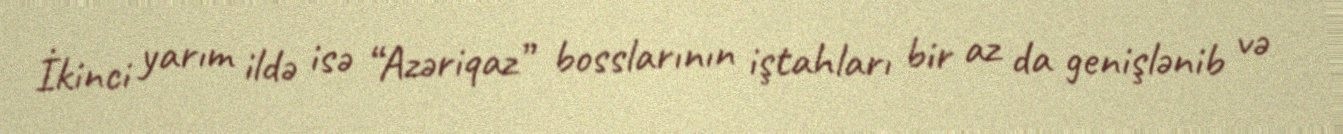
İkinci yarım ildə isə “Azəriqaz” bosslarının iştahları bir az da genişlənib və